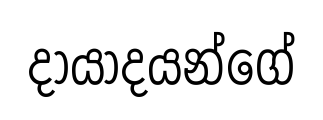
දායාදයන්ගේ